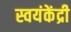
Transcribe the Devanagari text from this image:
स्वयंकेंद्री